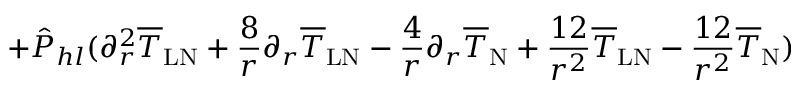
+ \hat { P } _ { h l } ( \partial _ { r } ^ { 2 } \overline { { T } } _ { \mathrm { L N } } + \frac { 8 } { r } \partial _ { r } \overline { { T } } _ { \mathrm { L N } } - \frac { 4 } { r } \partial _ { r } \overline { { T } } _ { \mathrm { N } } + \frac { 1 2 } { r ^ { 2 } } \overline { { T } } _ { \mathrm { L N } } - \frac { 1 2 } { r ^ { 2 } } \overline { { T } } _ { \mathrm { N } } )